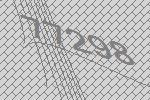
77298